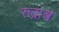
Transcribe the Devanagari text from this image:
रुद्राश्व